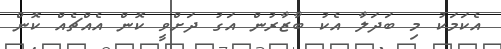
އެކަމަކު މި ބަދަލާ އެކު ބާޒާރުން އަގު ދަށްވީ ކޮން އެއްޗެއް ކޮން